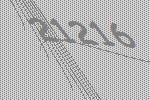
21216